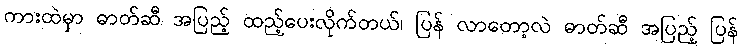
ကားထဲမှာ ဓာတ်ဆီ အပြည့် ထည့်ပေးလိုက်တယ်၊ ပြန် လာတော့လဲ ဓာတ်ဆီ အပြည့် ပြန်